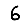
Digit: 6